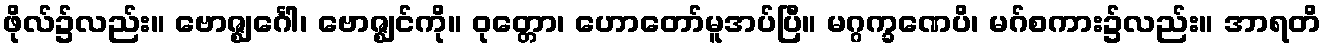
ဖိုလ်၌လည်း။ ဗောဇ္ဈင်္ဂေါ၊ ဗောဇ္ဈင်ကို။ ဝုတ္တော၊ ဟောတော်မူအပ်ပြီ။ မဂ္ဂက္ခဏေပိ၊ မဂ်စကား၌လည်း။ အာရတိ